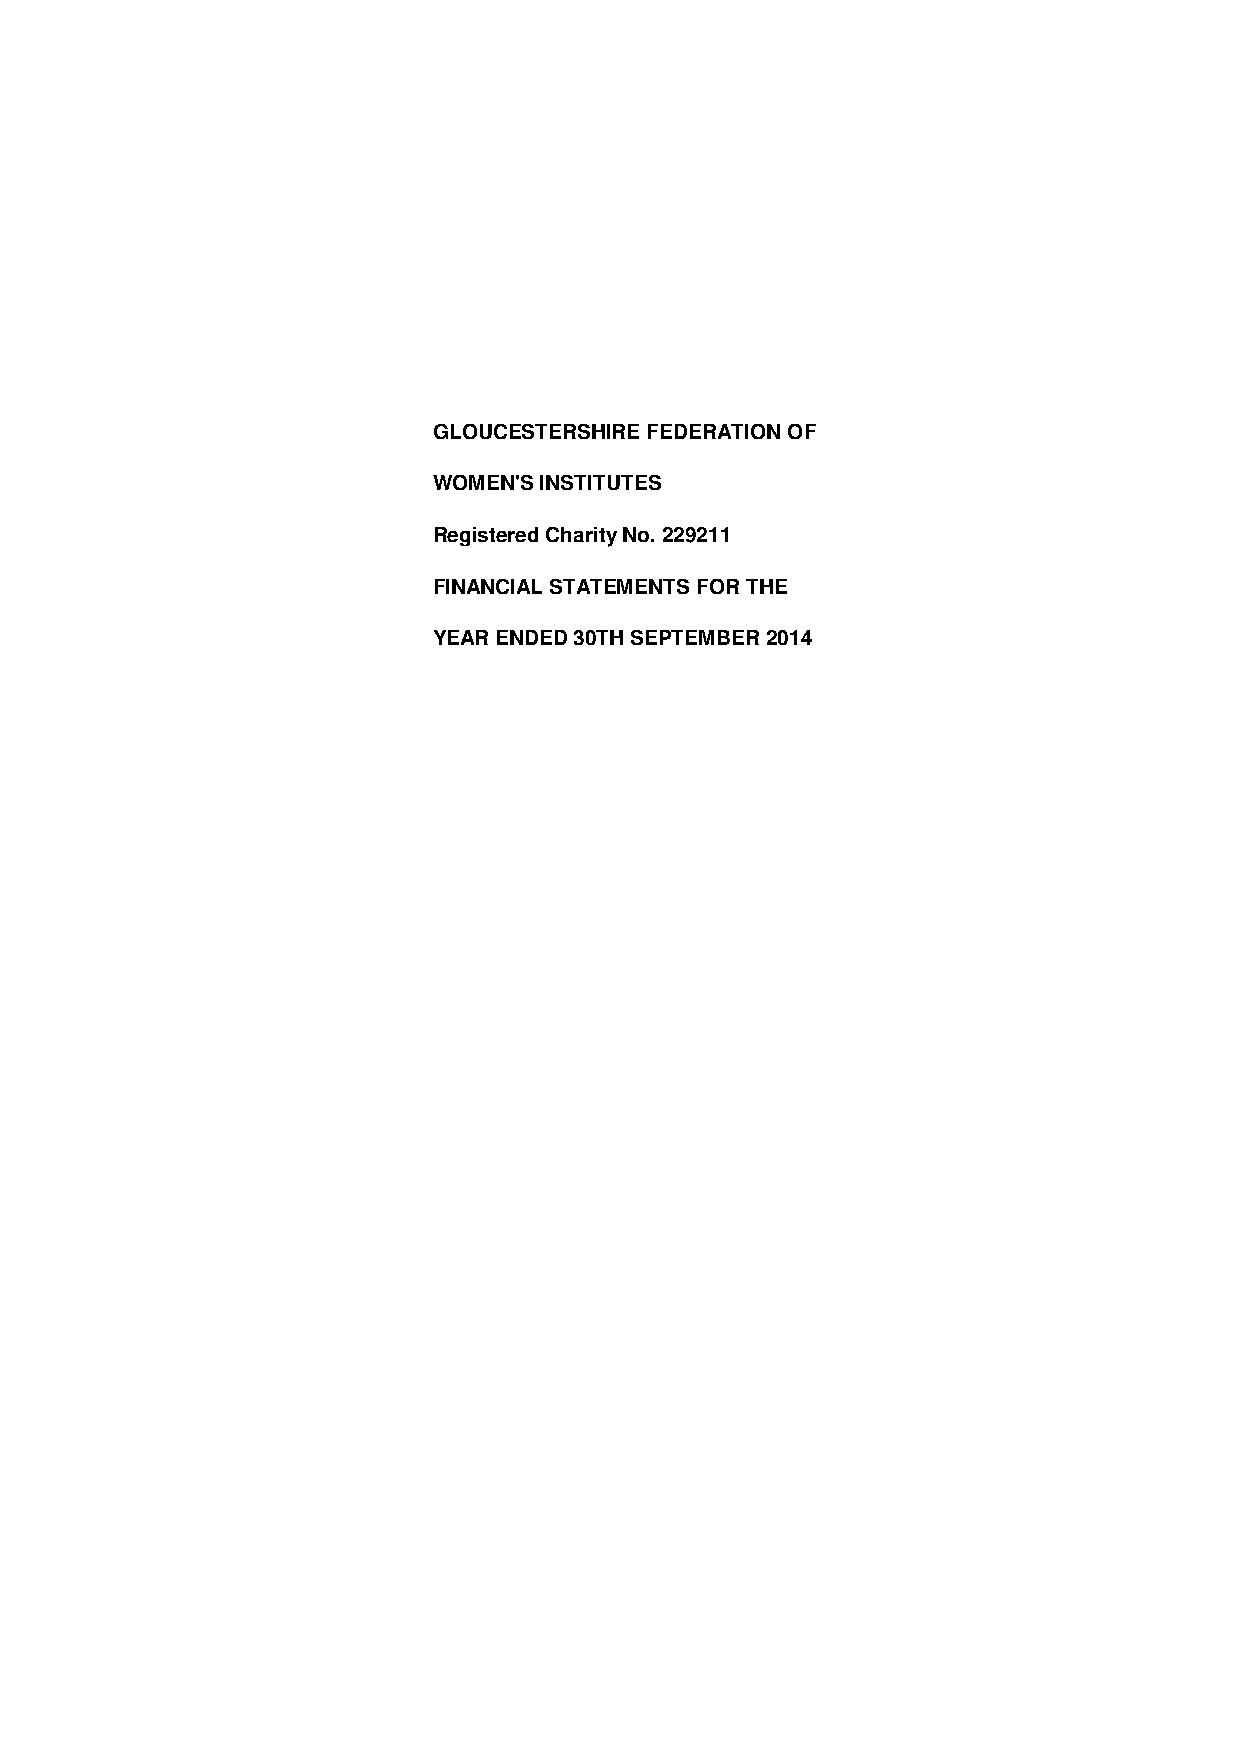
GLOUCESTERSHIRE FEDERATION OF
 WOMEN'S INSTITUTES
 Registered Charity No. 229211
 FINANCIAL STATEMENTS FOR THE
 YEAR ENDED 30TH SEPTEMBER 2014